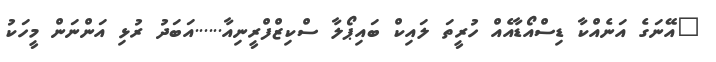
"އޭނަގެ އަނެއްކާ ޑިސްއޯޑާއެއް ހުރީތަ ލައިކް ބައިޕޯލާ ސްކިޒްފްރީނިއާ......އަބަދު ރުޅި އަންނަން މީހަކު